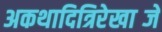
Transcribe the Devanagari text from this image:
अकथादित्रिरेखाब्जे